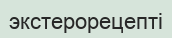
экстерорецепті